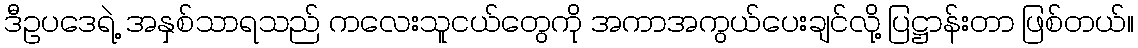
ဒီဥပဒေရဲ့ အနှစ်သာရသည် ကလေးသူငယ်တွေကို အကာအကွယ်ပေးချင်လို့ ပြဋ္ဌာန်းတာ ဖြစ်တယ်။